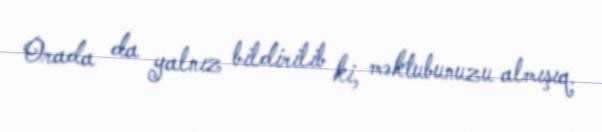
Orada da yalnız bildirilib ki, məktubunuzu almışıq.